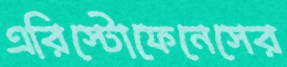
এরিস্টোফেনেসের